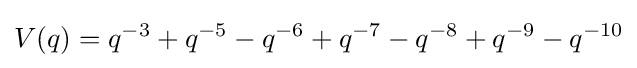
V(q)=q^{-3}+q^{-5}-q^{-6}+q^{-7}-q^{-8}+q^{-9}-q^{-10}